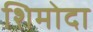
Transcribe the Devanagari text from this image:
शिमोदा